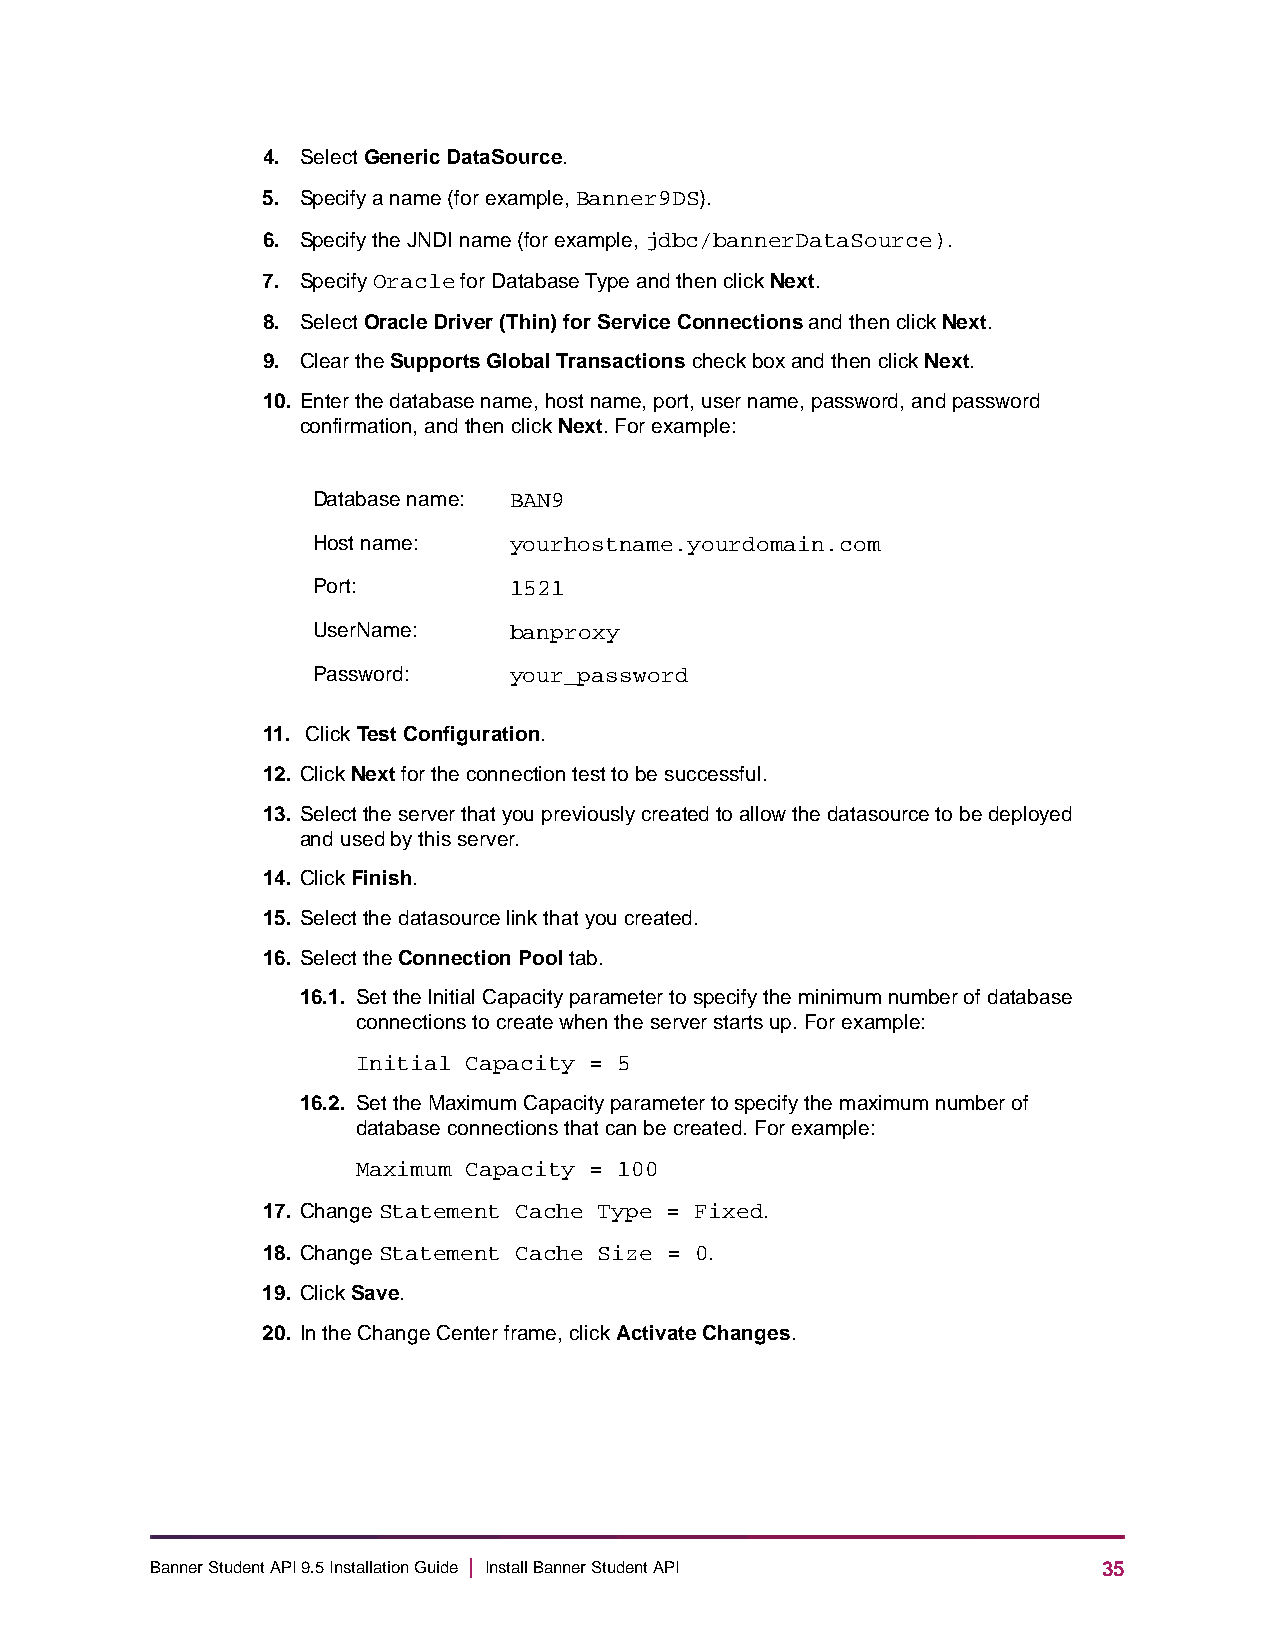
4. Select Generic DataSource.
 5. Specify a name (for example, Banner9DS).
 6. Specify the JNDI name (for example, jdbc/bannerDataSource).
 7. Specify Oracle for Database Type and then click Next.
 8. Select Oracle Driver (Thin) for Service Connections and then click Next.
 9. Clear the Supports Global Transactions check box and then click Next.
 10. Enter the database name, host name, port, user name, password, and password
 confirmation, and then click Next. For example:
 Database name: BAN9
 Host name:   yourhostname.yourdomain.com
 Port:        1521
 UserName:    banproxy
 Password:    your_password
 11. Click Test Configuration.
 12. Click Next for the connection test to be successful.
 13. Select the server that you previously created to allow the datasource to be deployed
 and used by this server.
 14. Click Finish.
 15. Select the datasource link that you created.
 16. Select the Connection Pool tab.
 16.1. Set the Initial Capacity parameter to specify the minimum number of database
 connections to create when the server starts up. For example:
 Initial Capacity = 5
 16.2. Set the Maximum Capacity parameter to specify the maximum number of
 database connections that can be created. For example:
 Maximum Capacity = 100
 17. Change Statement Cache Type = Fixed.
 18. Change Statement Cache Size = 0.
 19. Click Save.
 20. In the Change Center frame, click Activate Changes.
 Banner Student API 9.5 Installation Guide | Install Banner Student API 35